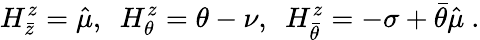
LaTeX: H_{\bar{z}}^{z}=\hat{\mu},~~H_{\theta}^{z}=\theta-\nu,~~H_{\bar{\theta}}^{z}=-\sigma+\bar{\theta}\hat{\mu}\ .